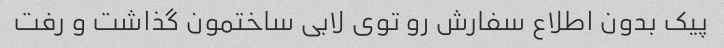
پیک بدون اطلاع سفارش رو توی لابی ساختمون گذاشت و رفت